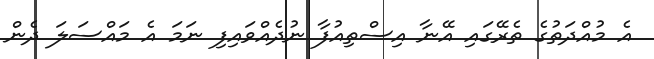
އެ މުއްދަތުގެ ތެރޭގައި އޭނާ އިސްތިއުފާ ނުދެއްވައިފި ނަމަ އެ މައްސަލަ ދެން